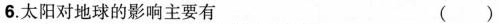
6.太阳对地球的影响主要有 ( )